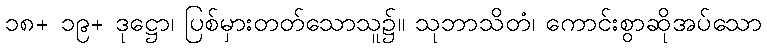
၁၈+ ၁၉+ ဒုဋ္ဌော၊ ပြစ်မှားတတ်သောသူ၌။ သုဘာသိတံ၊ ကောင်းစွာဆိုအပ်သော